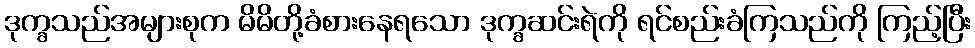
ဒုက္ခသည်အများစုက မိမိတို့ခံစားနေရသော ဒုက္ခဆင်းရဲကို ရင်စည်းခံကြသည်ကို ကြည့်ပြီး